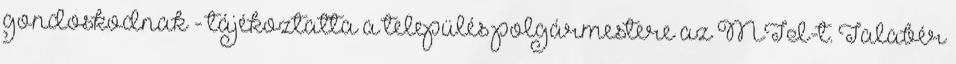
gondoskodnak - tájékoztatta a település polgármestere az MTI-t. Talabér